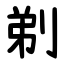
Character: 剃